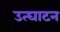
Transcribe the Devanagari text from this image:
उत्घाटन